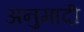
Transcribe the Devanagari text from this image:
अनुमादी